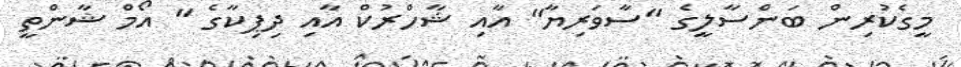
މީގެކުރިން ބަންސާލީގެ "ސާވަރިޔާ" އާއި ޝާހްރުކް އާއި ދިޕިކާގެ " އޯމް ޝާންތީ